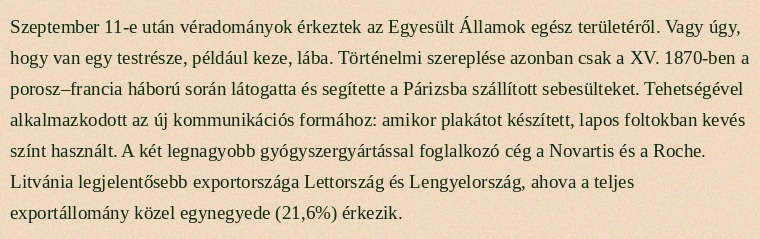
Szeptember 11-e után véradományok érkeztek az Egyesült Államok egész területéről. Vagy úgy, hogy van egy testrésze, például keze, lába. Történelmi szereplése azonban csak a XV. 1870-ben a porosz–francia háború során látogatta és segítette a Párizsba szállított sebesülteket. Tehetségével alkalmazkodott az új kommunikációs formához: amikor plakátot készített, lapos foltokban kevés színt használt. A két legnagyobb gyógyszergyártással foglalkozó cég a Novartis és a Roche. Litvánia legjelentősebb exportországa Lettország és Lengyelország, ahova a teljes exportállomány közel egynegyede (21,6%) érkezik.